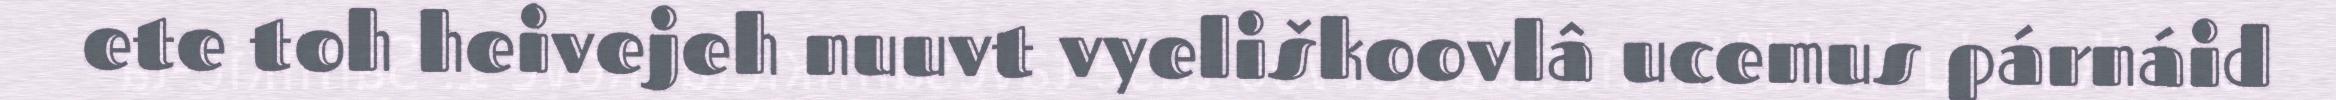
ete toh heivejeh nuuvt vyeliškoovlâ ucemus párnáid